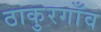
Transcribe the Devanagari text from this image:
ठाकुरगाँव